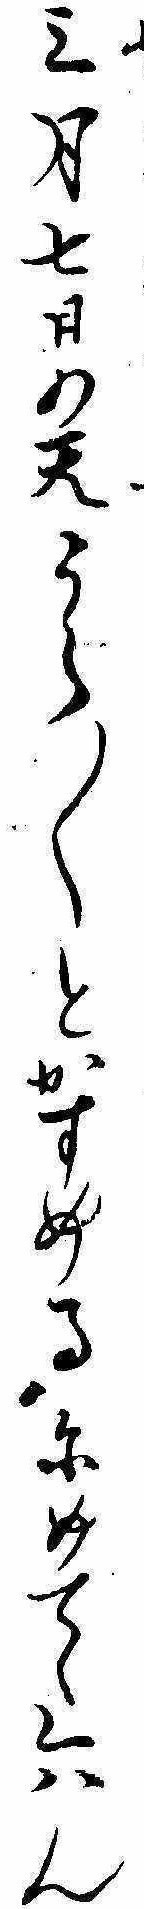
三月七日の天うら〱とかすめるにめてゝくはん